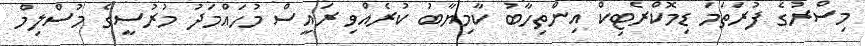
މިސްރުގެ ފުރަތަމަ ޑިމޮކްރެޓިކް އިންތިހާބު ކާމިޔާބު ކުރެއްވި ރައީސް މުހައްމަދު މުރުސީގެ މުސްލިމް